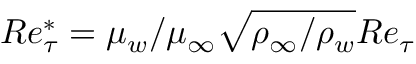
R e _ { \tau } ^ { * } = \mu _ { w } / \mu _ { \infty } \sqrt { \rho _ { \infty } / \rho _ { w } } R e _ { \tau }